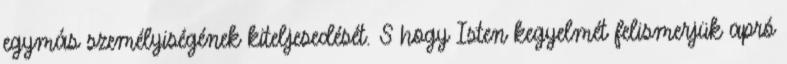
egymás személyiségének kiteljesedését. S hogy Isten kegyelmét felismerjük apró